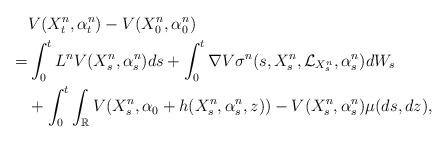
LaTeX: \begin{align*}&V( X ^n _t , \alpha^n_t)- V( X^n_0, \alpha^n_0)\\=& \int_{0}^{t} L^nV( X ^n _s , \alpha^n_s)ds + \int_{0}^{t}\nabla V \sigma^n(s, X^n_{s}, \mathcal{L}_{X^n_{s}}, \alpha^n_s)dW_s\\& +\int_{0}^{t}\int_{\mathbb R}V( X^n_s, \alpha_0+ h( X^n_s, \alpha^n_s, z)) - V( X^n_s, \alpha^n_s)\mu(ds,dz),\end{align*}